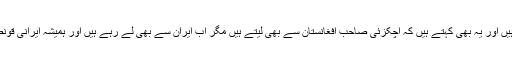
وہاں کے تمام لوگ یہی کہتے ہیں اور یہ بھی کہتے ہیں کہ اچکزئی صاحب افغانستان سے بھی لیتے ہیں مگر اب ایران سے بھی لے رہے ہیں اور ہمیشہ ایرانی قونصلیٹ کے پاس جایا کرتے ہیں۔